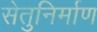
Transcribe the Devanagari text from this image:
सेतुनिर्माण